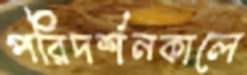
পরিদর্শনকালে